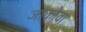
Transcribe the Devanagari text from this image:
जाकोवा